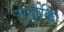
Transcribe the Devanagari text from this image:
सुजुकि